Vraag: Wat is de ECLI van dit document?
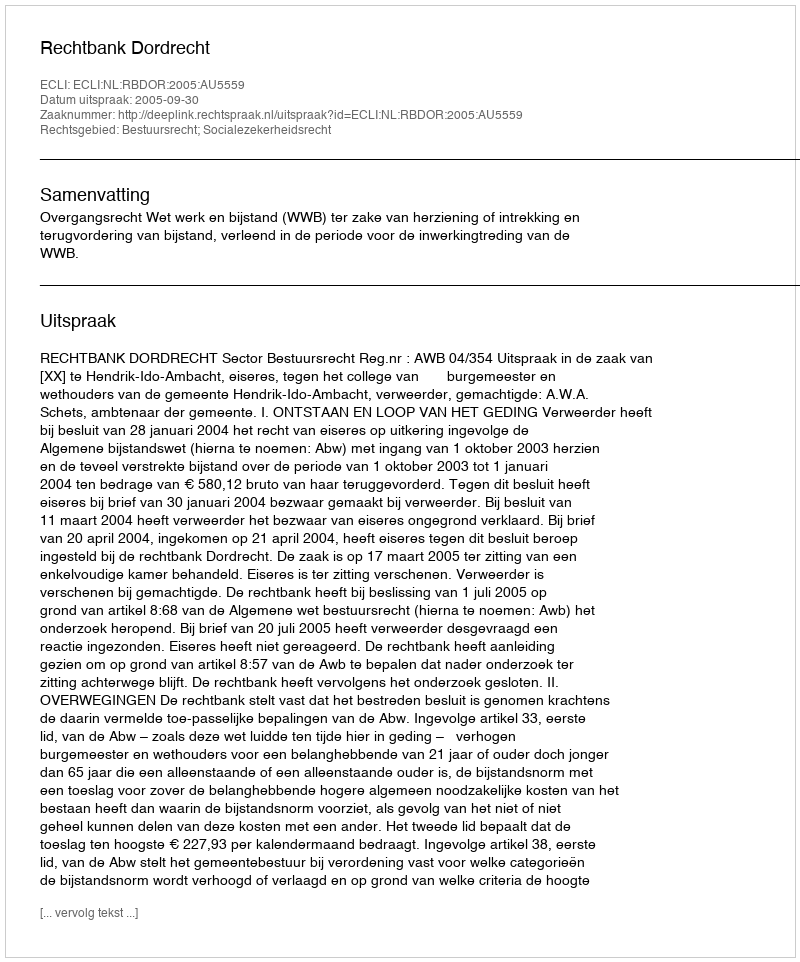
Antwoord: ECLI:NL:RBDOR:2005:AU5559